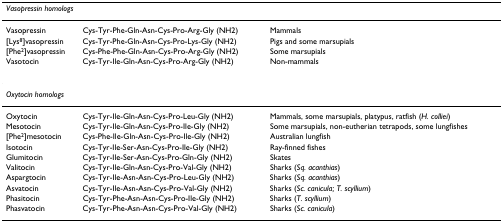
| <COLSPAN=3> Vasopressin homologs |
 | --- | --- | --- |
 | Vasopressin | Cys-Tyr-Phe-Gln-Asn-Cys-Pro-Arg-Gly (NH2) | Mammals |
 | [Lys8]vasopressin | Cys-Tyr-Phe-Gln-Asn-Cys-Pro-Lys-Gly (NH2) | Pigs and some marsupials |
 | [Phe2]vasopressin | Cys-Phe-Phe-Gln-Asn-Cys-Pro-Arg-Gly (NH2) | Some marsupials |
 | Vasotocin | Cys-Tyr-Ile-Gln-Asn-Cys-Pro-Arg-Gly (NH2) | Non-mammals |
 | <COLSPAN=3> Oxytocin homologs |
 | Oxytocin | Cys-Tyr-Ile-Gln-Asn-Cys-Pro-Leu-Gly (NH2) | Mammals, some marsupials, platypus, ratfish (H. colliei) |
 | Mesotocin | Cys-Tyr-Ile-Gln-Asn-Cys-Pro-Ile-Gly (NH2) | Some marsupials, non-eutherian tetrapods, some lungfishes |
 | [Phe2]mesotocin | Cys-Phe-Ile-Gln-Asn-Cys-Pro-Ile-Gly (NH2) | Australian lungfish |
 | Isotocin | Cys-Tyr-Ile-Ser-Asn-Cys-Pro-Ile-Gly (NH2) | Ray-finned fishes |
 | Glumitocin | Cys-Tyr-Ile-Ser-Asn-Cys-Pro-Gln-Gly (NH2) | Skates |
 | Valitocin | Cys-Tyr-Ile-Gln-Asn-Cys-Pro-Val-Gly (NH2) | Sharks (Sq. acanthias) |
 | Aspargtocin | Cys-Tyr-Ile-Asn-Asn-Cys-Pro-Leu-Gly (NH2) | Sharks (Sq. acanthias) |
 | Asvatocin | Cys-Tyr-Ile-Asn-Asn-Cys-Pro-Val-Gly (NH2) | Sharks (Sc. canicula; T. scyllium) |
 | Phasitocin | Cys-Tyr-Phe-Asn-Asn-Cys-Pro-Ile-Gly (NH2) | Sharks (T. scyllium) |
 | Phasvatocin | Cys-Tyr-Phe-Asn-Asn-Cys-Pro-Val-Gly (NH2) | Sharks (Sc. canicula) |